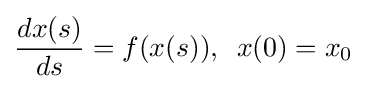
{dx(s) \over ds}=f(x(s)),\,\,\,x(0)=x_{0}